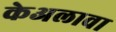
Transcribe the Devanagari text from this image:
केअलावा